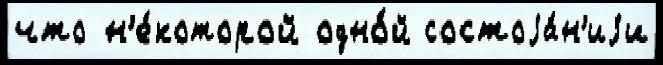
что н'е́которой одно́й состоjа́н'иjи